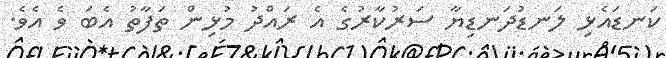
ކަނޑައެޅި ލަނޑުދަނޑިޔާ ސަރުކާރުގެ އެ ރައްދު މުޅިން ތަފާތު އެބަ ވެ އެވެ.